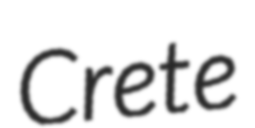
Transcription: Crete